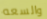
والسعه